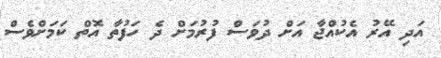
އަދި އޭރު އެކުއްޖާ އަށް ދުވަސް ފުރުމަށް ދެ ހަފުތާ އޮތް ކަމަށްވެސް